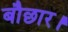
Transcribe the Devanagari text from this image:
बौछार।